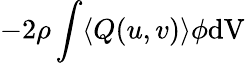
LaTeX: -2\rho\int\langle{Q}(u,v)\rangle\phi\mathrm{dV}